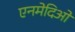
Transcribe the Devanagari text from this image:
एनमेदिओ